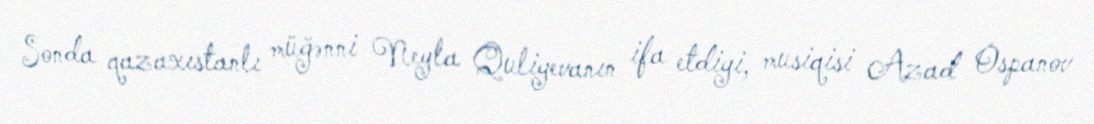
Sonda qazaxıstanlı müğənni Neyla Quliyevanın ifa etdiyi, musiqisi Azad Ospanov